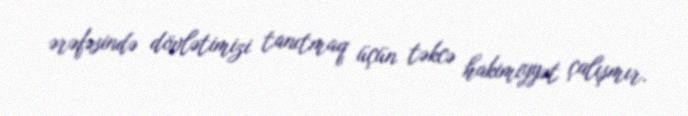
ərəfəsində dövlətimizi tanıtmaq üçün təkcə hakimiyyət çalışmır.